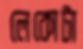
লেকোটা